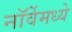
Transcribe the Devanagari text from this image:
नॉर्वेमध्ये